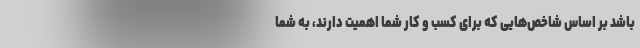
باشد بر اساس شاخص‌هایی که برای کسب و کار شما اهمیت دارند، به شما